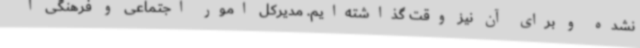
نشده و برای آن نیز وقت گذاشته‌ایم. مدیرکل امور اجتماعی و فرهنگی ا